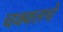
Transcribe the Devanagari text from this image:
चक्वलचे